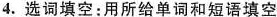
4. 选词填空:用所给单词和短语填空